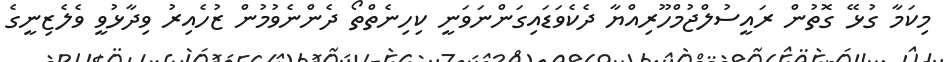
މިކަމާ ގުޅޭ ގޮތުން ރައީސުލްޖުމްހޫރިއްޔާ ދެކެވަޑައިގަންނަވަނީ ކިހިނެތްތޯ ދެންނެވުމުން ޒުހެއިރު ވިދާޅުވީ ވެލެޒިނީގެ